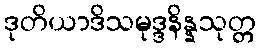
ဒုတိယာဒိသမုဒ္ဒနိန္နသုတ္တ